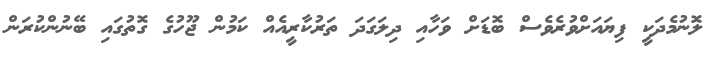
ލޮނުމެދަކީ ފިޔައަށްވުރެވެސް ބޮޑަށް ވަހާއި ދިލަގަދަ ތަރުކާރީއެއް ކަމުން ޖޫހުގެ ގޮތުގައި ބޭނުންކުރަން